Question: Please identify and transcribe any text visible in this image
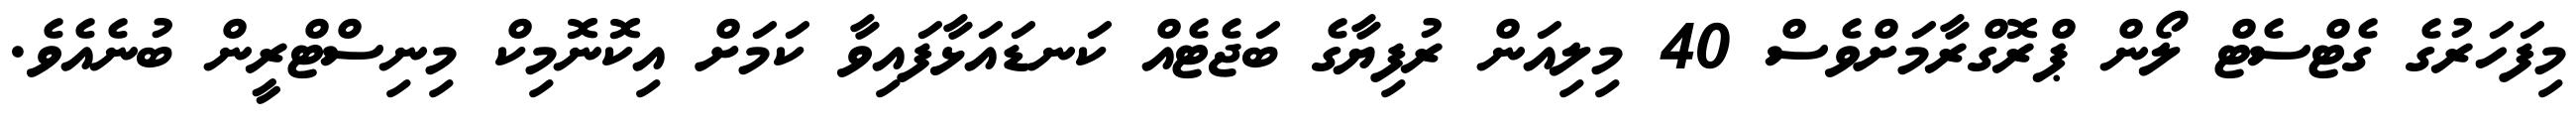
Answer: މިފަހަރުގެ ގެޓްސެޓް ލޯން ޕްރޮގްރާމަށްވެސް 40 މިލިއަން ރުފިޔާގެ ބަޖެޓެއް ކަނޑައަޅާފައިވާ ކަމަށް އިކޮނޮމިކް މިނިސްޓްރީން ބުނެއެވެ.